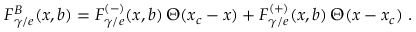
F _ { \gamma / e } ^ { B } ( x , b ) = F _ { \gamma / e } ^ { ( - ) } ( x , b ) \, \Theta ( x _ { c } - x ) + F _ { \gamma / e } ^ { ( + ) } ( x , b ) \, \Theta ( x - x _ { c } ) \; .